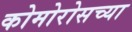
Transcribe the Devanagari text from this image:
कोमोरोसच्या